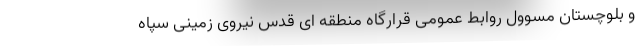
و بلوچستان مسوول روابط عمومی قرارگاه منطقه ای قدس نیروی زمینی سپاه